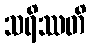
သရိဿတိ